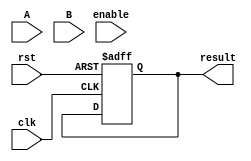
module booth_multiplier(
    input wire clk,            // Clock signal
    input wire rst,            // Reset signal
    input wire enable,         // Enable signal to start computation
    input wire [31:0] A,       // Input multiplicand
    input wire [31:0] B,       // Input multiplier
    output reg [63:0] result,  // Output result

    // Add any additional control signals as needed
);

reg [63:0] partial_product;
reg [31:0] product_high, product_low;
reg [6:0] current_stage;
reg sign_A, sign_B;

always @(posedge clk or posedge rst) begin
    if (rst) begin
        result <= 64'b0;
        partial_product <= 64'b0;
        current_stage <= 7'b0000000;
    end else if (enable) begin
        case(current_stage)
            7'b0000000: begin
                sign_A <= A[31];
                sign_B <= B[31];
                product_high <= {32{A[31]}};
                product_low <= A;
                current_stage <= 7'b0000001;
            end
            7'b0000001: begin
                // Perform partial product generation
                partial_product <= {product_low, 32'b0};
                current_stage <= 7'b0000010;
            end
            7'b0000010: begin
                // Perform Booth encoding
                // Update current_stage based on Booth encoding algorithm
            end
            // Add other stages as needed
        endcase
    end
end

always @* begin
    // Handle overflow conditions and adjust result accordingly
    if (partial_product[63] != partial_product[62]) begin
        if (sign_A != sign_B) begin
            if (result[63:32] == 32'b1111_1111_1111_1111_1111_1111_1111_1111) begin
                         // handle overflow
                     end
                 end
             end
end

endmodule